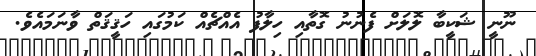
ނޫނީ ޝަކީބާ ލޮލަށް ފެނުނު ގޮތާއި ހިލާފު އެއްޗެއް ކަމުގައި ހަޤީޤަތް ވާނަމައެވެ.